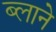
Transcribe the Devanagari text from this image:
ब्लाने